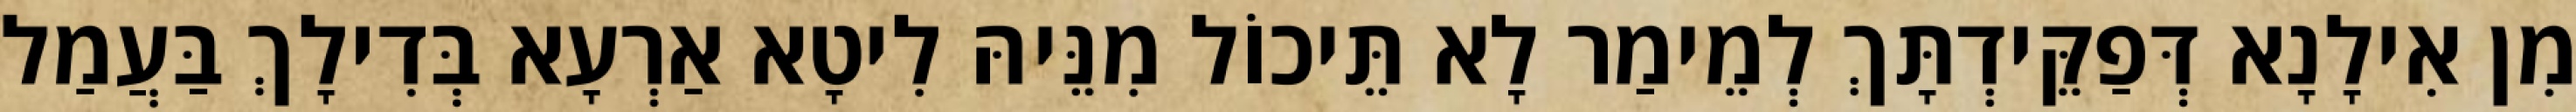
מִן אִילָנָא דְּפַקֵּידְתָּךְ לְמֵימַר לָא תֵּיכוֹל מִנֵּיהּ לִיטָא אַרְעָא בְּדִילָךְ בַּעֲמַל